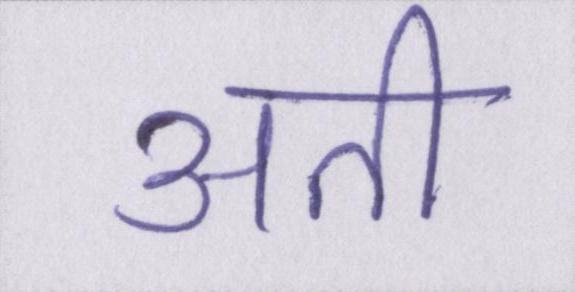
अती